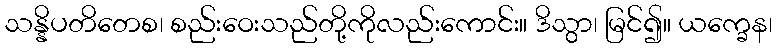
သန္နိပတိတေစ၊ စည်းဝေးသည်တို့ကိုလည်းကောင်း။ ဒိသွာ၊ မြင်၍။ ယက္ခေန၊